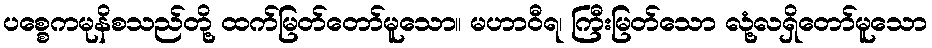
ပစ္စေကမုနိစသည်တို့ ထက်မြတ်တော်မူသော။ မဟာဝီရ၊ ကြီးမြတ်သော လုံ့လရှိတော်မူသော